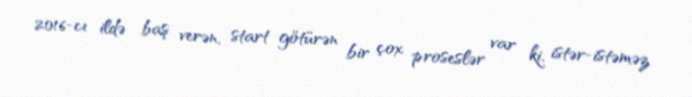
2016-cı ildə baş verən, start götürən bir çox proseslər var ki, istər-istəməz